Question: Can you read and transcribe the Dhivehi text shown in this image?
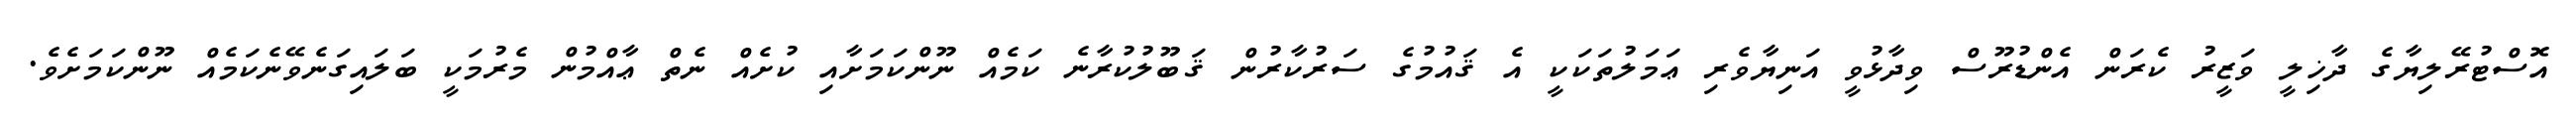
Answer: އޮސްޓުރޭލިޔާގެ ދާޚިލީ ވަޒީރު ކެރަން އެންޑުރޫސް ވިދާޅުވީ އަނިޔާވެރި ޢަމަލުތަކަކީ އެ ޤައުމުގެ ސަރުކާރުން ޤަބޫލުކުރާނެ ކަމެއް ނޫންކަމަށާއި ކުށެއް ނެތް ޢާއްމުން މެރުމަކީ ބަލައިގަނެވޭނެކަމެއް ނޫންކަމަށެވެ.